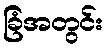
ခြံအတွင်း